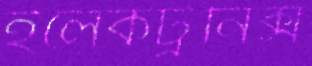
ইলেকট্রনিক্স